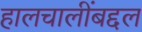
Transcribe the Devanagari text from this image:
हालचालींबद्दल